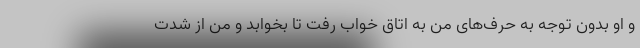
و او بدون توجه به حرف‌های من به اتاق خواب رفت تا بخوابد و من از شدت